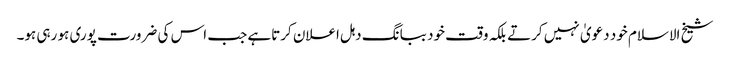
شیخ الاسلام خود دعویٰ نہیں کرتے بلکہ وقت خود ببانگ دہل اعلان کرتاہے جب اس کی ضرورت پوری ہو رہی ہو۔